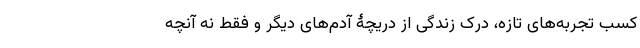
کسب تجربه‌های تازه، درک زندگی از دریچۀ آدم‌های دیگر و فقط نه آنچه